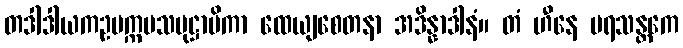
တဒါဒါယကဥပက္ကမသမုဋ္ဌာပိကာ ထေယျစေတနာ အဒိန္နာဒါနံ။ တံ ဟီနေ ပရသန္တကေ